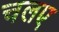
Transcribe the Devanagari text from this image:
चलए